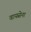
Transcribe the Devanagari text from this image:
वायसेना